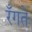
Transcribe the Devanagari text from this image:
रँगते